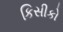
કિસીકો